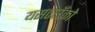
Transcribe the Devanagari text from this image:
यसठाउँको